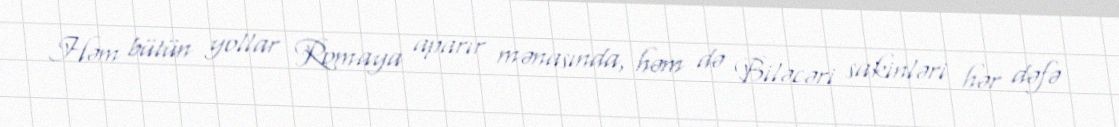
Həm bütün yollar Romaya aparır mənasında, həm də Biləcəri sakinləri hər dəfə